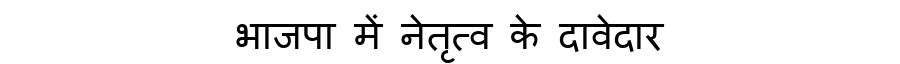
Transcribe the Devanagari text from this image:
भाजपा में नेतृत्व के दावेदार